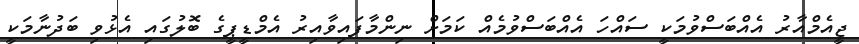
ޖީއެމްއާރު އެއްބަސްވުމަކީ ސައްހަ އެއްބަސްވުމެއް ކަމަށް ނިންމާފައިވާއިރު އެމްޑީޕީގެ ބޮލުގައި އެޅުވި ބަދުނާމަކީ